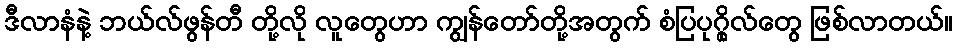
ဒီလာနံနဲ့ ဘယ်လ်ဖွန်တီ တို့လို လူတွေဟာ ကျွန်တော်တို့အတွက် စံပြပုဂ္ဂိုလ်တွေ ဖြစ်လာတယ်။